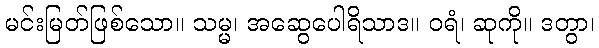
မင်းမြတ်ဖြစ်သော။ သမ္မ၊ အဆွေပေါရိသာဒ။ ဝရံ၊ ဆုကို။ ဒတွာ၊